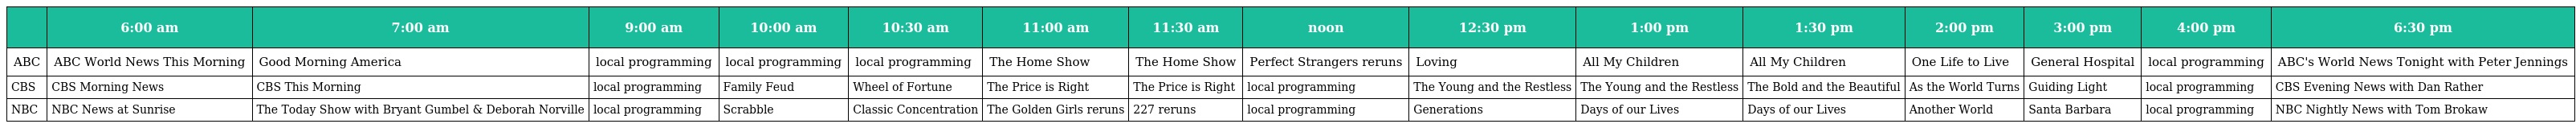
|  | 6:00 am | 7:00 am | 9:00 am | 10:00 am | 10:30 am | 11:00 am | 11:30 am | noon | 12:30 pm | 1:00 pm | 1:30 pm | 2:00 pm | 3:00 pm | 4:00 pm | 6:30 pm |
 | --- | --- | --- | --- | --- | --- | --- | --- | --- | --- | --- | --- | --- | --- | --- | --- |
 | ABC | ABC World News This Morning | Good Morning America | local programming | local programming | local programming | The Home Show | The Home Show | Perfect Strangers reruns | Loving | All My Children | All My Children | One Life to Live | General Hospital | local programming | ABC's World News Tonight with Peter Jennings |
 | CBS | CBS Morning News | CBS This Morning | local programming | Family Feud | Wheel of Fortune | The Price is Right | The Price is Right | local programming | The Young and the Restless | The Young and the Restless | The Bold and the Beautiful | As the World Turns | Guiding Light | local programming | CBS Evening News with Dan Rather |
 | NBC | NBC News at Sunrise | The Today Show with Bryant Gumbel & Deborah Norville | local programming | Scrabble | Classic Concentration | The Golden Girls reruns | 227 reruns | local programming | Generations | Days of our Lives | Days of our Lives | Another World | Santa Barbara | local programming | NBC Nightly News with Tom Brokaw |